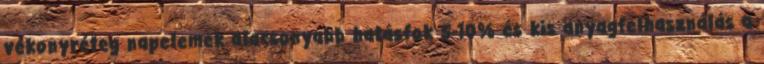
vékonyréteg napelemek alacsonyabb hatásfok 5-10% és kis anyagfelhasználás a